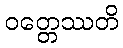
ဝတ္တေဿတိ